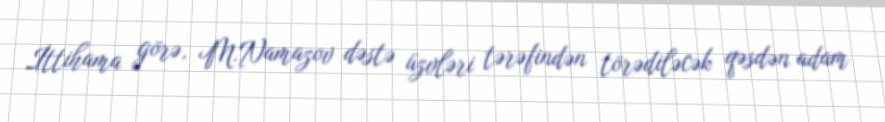
İttihama görə, M.Namazov dəstə üzvləri tərəfindən törədiləcək qəsdən adam